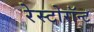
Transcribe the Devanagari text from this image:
रेस्टोरॉन्ट